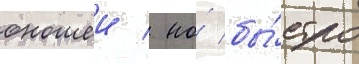
юношеи / но́ бы́стро